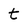
Character: t